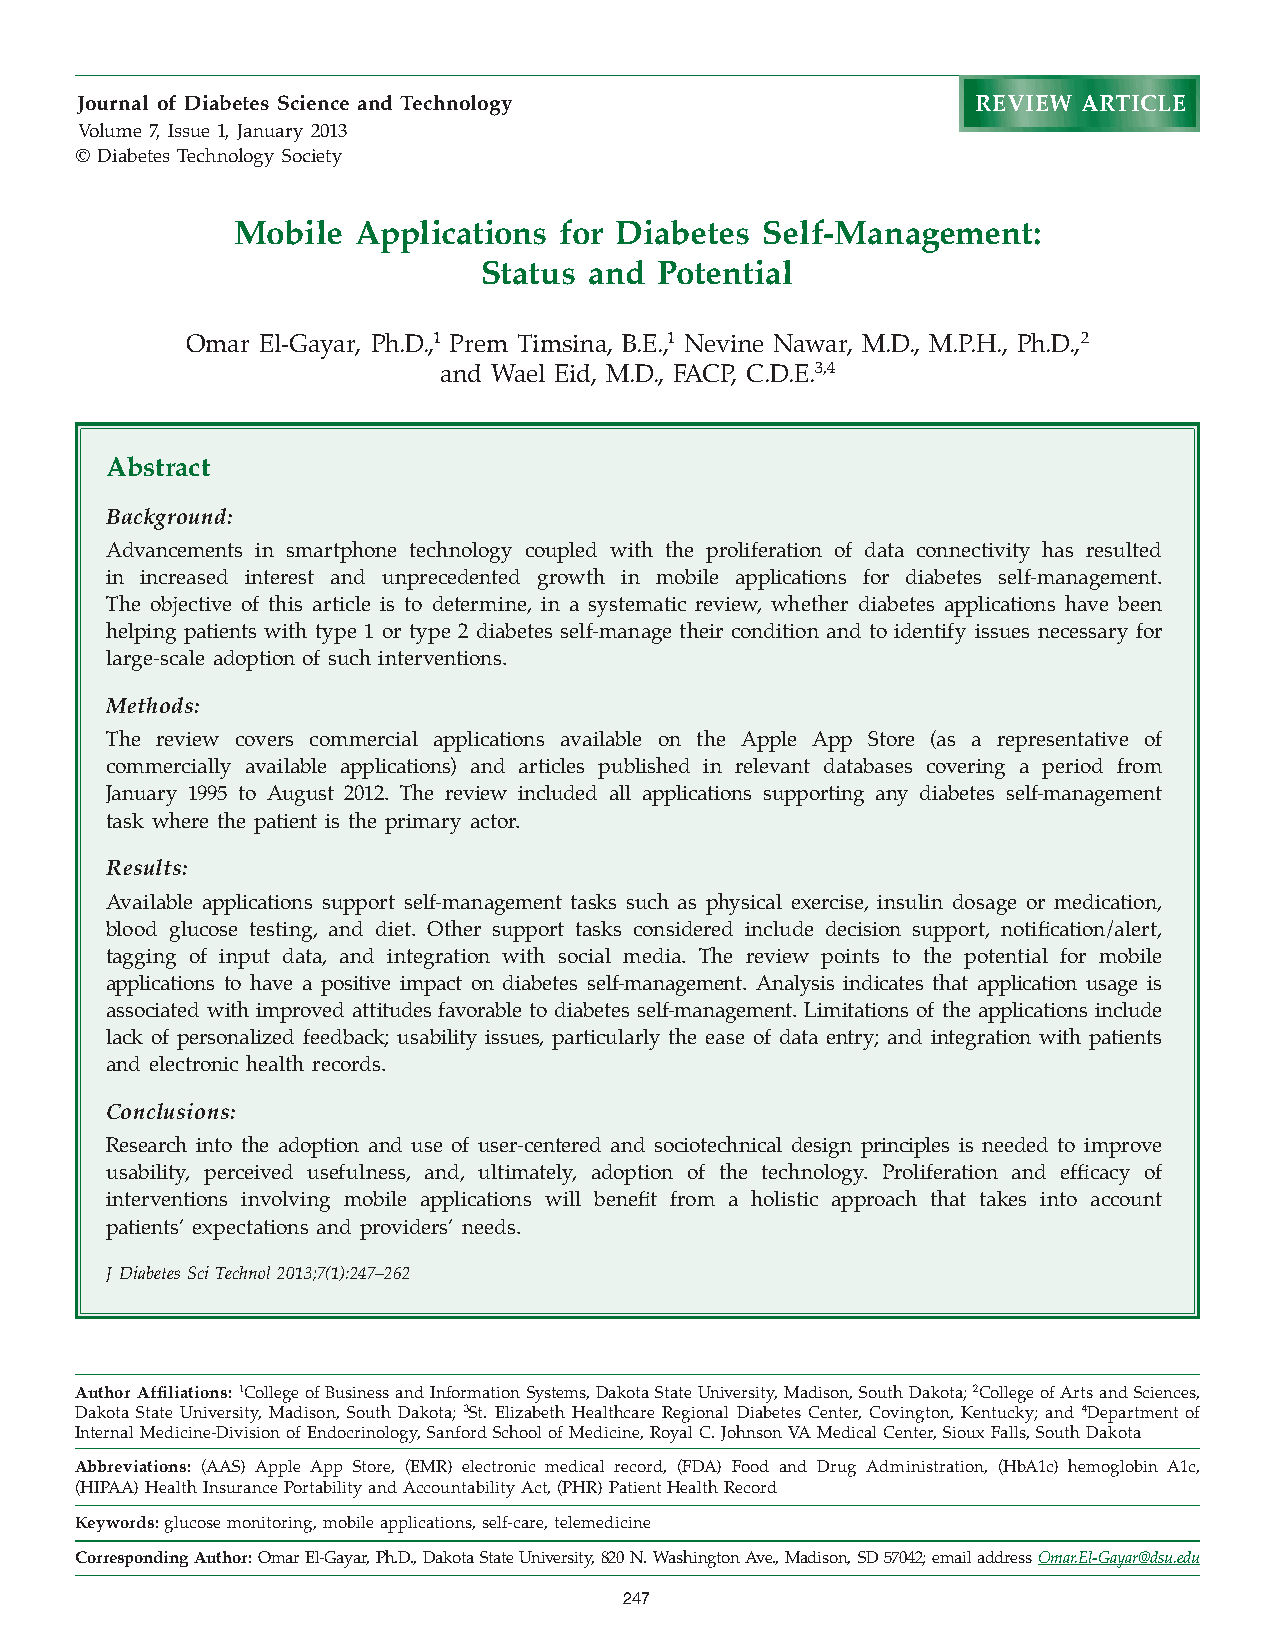
Journal of Diabetes Science and Technology                  REVIEW ARTICLE
 Volume 7, Issue 1, January 2013
 © Diabetes Technology Society
 Mobile  Applications  for Diabetes Self-Management:
 Status and  Potential
 Omar El-Gayar, Ph.D.,1 Prem Timsina, B.E.,1 Nevine Nawar, M.D., M.P.H., Ph.D.,2
 and Wael Eid, M.D., FACP, C.D.E.3,4
 Abstract
 Background:
 Advancements in smartphone technology coupled with the proliferation of data connectivity has resulted
 in increased interest and unprecedented growth in mobile applications for diabetes self-management.
 The objective of this article is to determine, in a systematic review, whether diabetes applications have been
 helping patients with type 1 or type 2 diabetes self-manage their condition and to identify issues necessary for
 large-scale adoption of such interventions.
 Methods:
 The review covers commercial applications available on the Apple App Store (as a representative of
 commercially available applications) and articles published in relevant databases covering a period from
 January 1995 to August 2012. The review included all applications supporting any diabetes self-management
 task where the patient is the primary actor.
 Results:
 Available applications support self-management tasks such as physical exercise, insulin dosage or medication,
 blood glucose testing, and diet. Other support tasks considered include decision support, notification/alert,
 tagging of input data, and integration with social media. The review points to the potential for mobile
 applications to have a positive impact on diabetes self-management. Analysis indicates that application usage is
 associated with improved attitudes favorable to diabetes self-management. Limitations of the applications include
 lack of personalized feedback; usability issues, particularly the ease of data entry; and integration with patients
 and electronic health records.
 Conclusions:
 Research into the adoption and use of user-centered and sociotechnical design principles is needed to improve
 usability, perceived usefulness, and, ultimately, adoption of the technology. Proliferation and efficacy of
 interventions involving mobile applications will benefit from a holistic approach that takes into account
 patients’ expectations and providers’ needs.
 J Diabetes Sci Technol 2013;7(1):247–262
 Author Affiliations: 1College of Business and Information Systems, Dakota State University, Madison, South Dakota; 2College of Arts and Sciences,
 Dakota State University, Madison, South Dakota; 3St. Elizabeth Healthcare Regional Diabetes Center, Covington, Kentucky; and 4Department of
 Internal Medicine-Division of Endocrinology, Sanford School of Medicine, Royal C. Johnson VA Medical Center, Sioux Falls, South Dakota
 Abbreviations: (AAS) Apple App Store, (EMR) electronic medical record, (FDA) Food and Drug Administration, (HbA1c) hemoglobin A1c,
 (HIPAA) Health Insurance Portability and Accountability Act, (PHR) Patient Health Record
 Keywords: glucose monitoring, mobile applications, self-care, telemedicine
 Corresponding Author: Omar El-Gayar, Ph.D., Dakota State University, 820 N. Washington Ave., Madison, SD 57042; email address Omar.El-Gayar@dsu.edu
 247